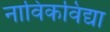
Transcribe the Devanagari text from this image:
नाविकविद्या